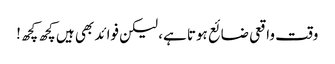
وقت واقعی ضائع ہوتا ہے، لیکن فوائد بھی ہیں کچھ کچھ!